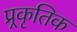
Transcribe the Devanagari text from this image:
प्र्रकृतिक